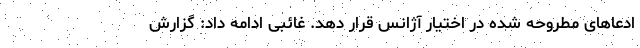
ادعاهای مطروحه شده در اختیار آژانس قرار دهد. غائبی ادامه داد: گزارش